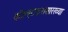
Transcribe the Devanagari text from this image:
कोल्हटकरांसारख्या